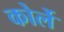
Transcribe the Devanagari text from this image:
कोर्ले